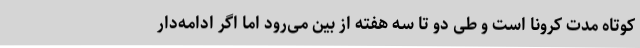
کوتاه مدت کرونا است و طی دو تا سه هفته از بین می‌رود اما اگر ادامه‌دار